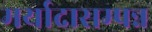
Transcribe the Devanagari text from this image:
मर्यादासम्पन्न